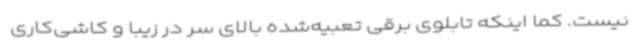
نیست. کما اینکه تابلوی برقی تعبیه‌شده بالای سر در زیبا و کاشی‌کاری